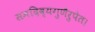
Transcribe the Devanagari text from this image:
समदिव्यगुणैरुपेत।